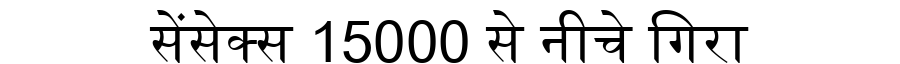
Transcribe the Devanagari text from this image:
सेंसेक्स 15000 से नीचे गिरा